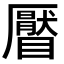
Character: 𥌅